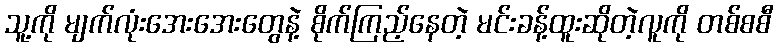
သူ့ကို မျက်လုံးအေးအေးတွေနဲ့ စိုက်ကြည့်နေတဲ့ မင်းခန့်ထူးဆိုတဲ့လူကို တစ်စစီ